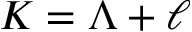
K = \Lambda + \ell